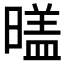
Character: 𣉼